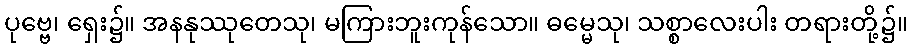
ပုဗ္ဗေ၊ ရှေး၌။ အနနုဿုတေသု၊ မကြားဘူးကုန်သော။ ဓမ္မေသု၊ သစ္စာလေးပါး တရားတို့၌။